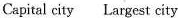
Capital city Largest city